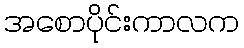
အစောပိုင်းကာလက